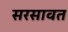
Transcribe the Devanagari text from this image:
सरसावत